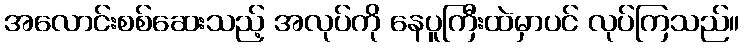
အလောင်းစစ်ဆေးသည့် အလုပ်ကို နေပူကြီးထဲမှာပင် လုပ်ကြသည်။